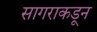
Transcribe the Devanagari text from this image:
सागराकडून